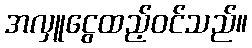
အလှူငွေထည့်ဝင်သည်။